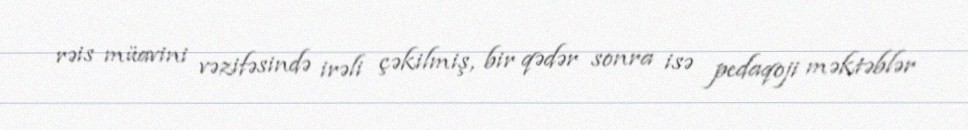
rəis müavini vəzifəsində irəli çəkilmiş, bir qədər sonra isə pedaqoji məktəblər